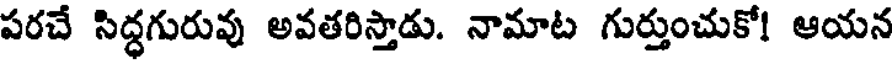
పరచే సిద్ధగురువు అవతరిస్తాడు. నామాట గుర్తుంచుకో! ఆయన